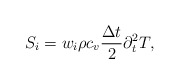
\begin{align*}S_i={{w}_i} \rho c_v\frac{\Delta t}{2} \partial_t^2T,\end{align*}